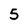
Character: 5